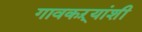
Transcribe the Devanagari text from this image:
गावकऱ्यांशी